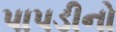
પાપડીનો